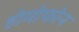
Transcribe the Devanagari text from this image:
होमोफोन